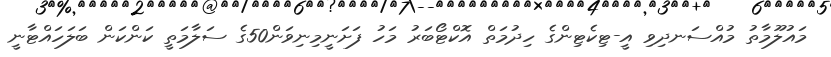
މައުލޫމާތު މުއްސަނދިވި އީ-ޓިކެޓިންގެ ހިދުމަތް އޮކްޓޯބަރު މަހު ފަށަނީމިނިވަން50ގެ ސަލާމަތީ ކަންކަން ބަލަހައްޓާނީ